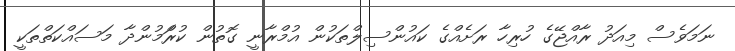
ނަމަވެސް މިއަދު ރާއްޖޭގެ ހުރިހާ ރަށެއްގެ ކައުންސިލްތަކުން އުމްރާނީ ގޮތުން ކުރަްމުންދާ މަސައްކަތްތަކީ